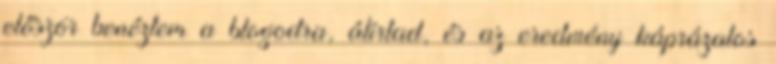
először benéztem a blogodra, átírtad, és az eredmény káprázatos